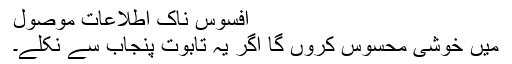
افسوس ناک اطلاعات موصول
میں خوشی محسوس کروں گا اگر یہ تابوت پنجاب سے نکلے۔